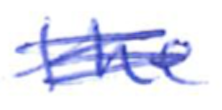
Text: the
Cross-out: scratch
Writing tool: ballpoint